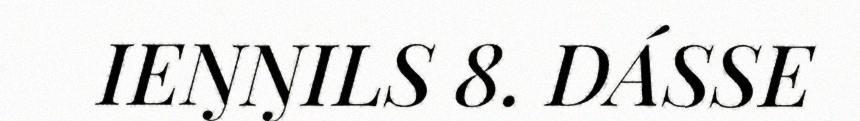
IEŊŊILS 8. DÁSSE